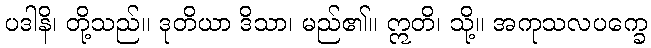
ပဒါနိ၊ တို့သည်။ ဒုတိယာ ဒိသာ၊ မည်၏။ ဣတိ၊ သို့။ အကုသလပက္ခေ